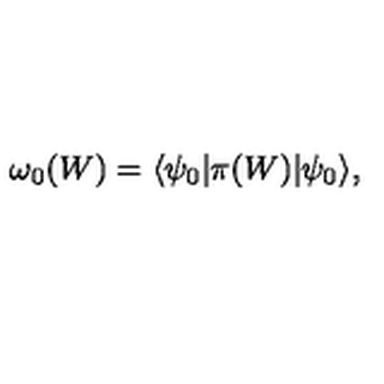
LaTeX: \omega _ { 0 } ( W ) = \langle \psi _ { 0 } | \pi ( W ) | \psi _ { 0 } \rangle ,